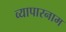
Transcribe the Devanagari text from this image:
व्यापारनाम